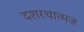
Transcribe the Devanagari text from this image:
दशरथात्मज